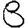
Digit: 8